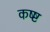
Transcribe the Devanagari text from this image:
कष्ष्ट